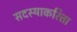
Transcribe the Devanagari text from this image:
सदस्याकरिता